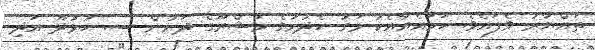
ތައްޔާރު ވެފައެވެ. ހަމައެއާއެކު މަގު ހެދުމުގެ މަޝްރޫގެ ދަށުން ސ. ހުޅުދޫ އަދި